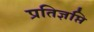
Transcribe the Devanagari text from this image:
प्रतिज्ञप्ति